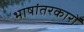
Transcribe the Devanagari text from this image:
भाषांतरकारों